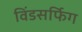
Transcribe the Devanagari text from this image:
विंडसर्फिग